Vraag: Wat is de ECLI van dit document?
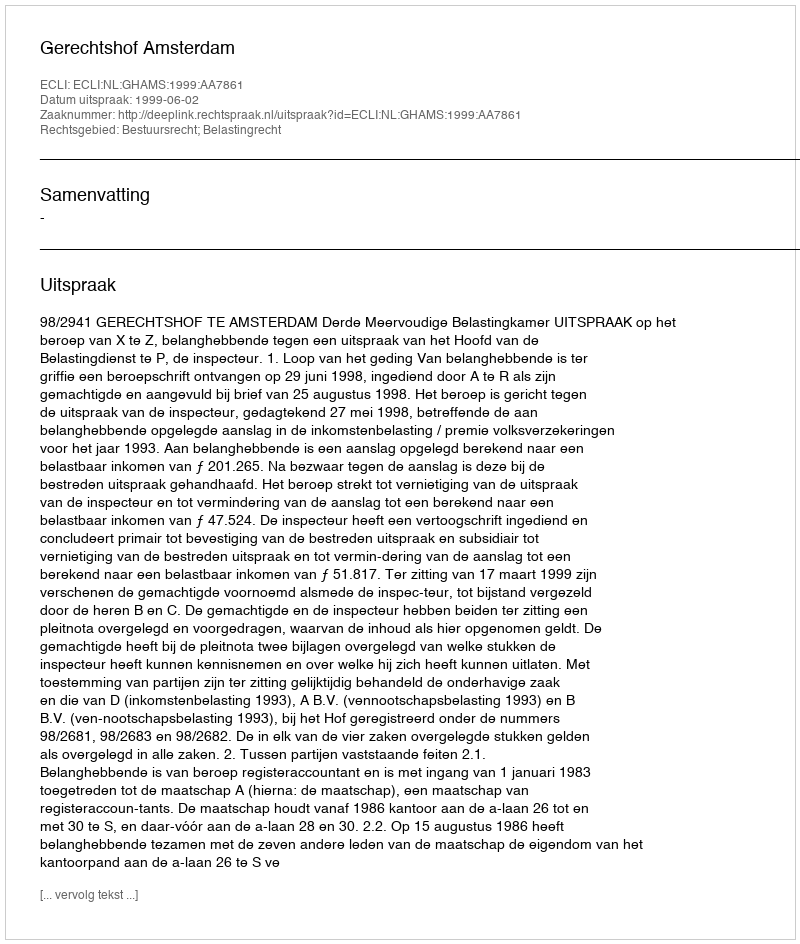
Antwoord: ECLI:NL:GHAMS:1999:AA7861